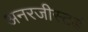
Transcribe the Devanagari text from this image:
अनरजीस्टर्ड